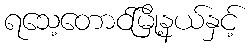
ရသေ့တောင်မြို့နယ်နှင့်